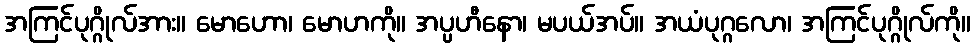
အကြင်ပုဂ္ဂိုလ်အား။ မောဟော၊ မောဟကို။ အပ္ပဟီနော၊ မပယ်အပ်။ အယံပုဂ္ဂလော၊ အကြင်ပုဂ္ဂိုလ်ကို။